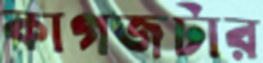
কাগজটার